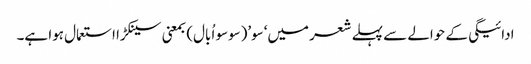
ادائیگی کے حوالے سے پہلے شعر میں‘سو’(سوسو اُبال) بمعنی سینکڑا استعمال ہوا ہے۔